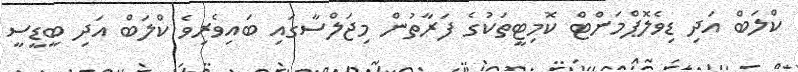
ކްލަބް އަދި ޑިވެލޮޕްމަންޓް ކޮމިޓީތަކުގެ ފަރާތުން މިޖަލްސާގައި ބައިވެރިވެ ކްލަބް އަދި ބީޑީސީ